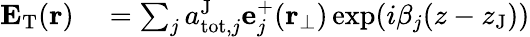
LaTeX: \begin{array}{rl}{\mathbf{E}_{\mathrm{T}}(\mathbf{r})}&{{}=\sum_{j}a_{\mathrm{tot},j}^{\mathrm{J}}\mathbf{e}_{j}^{+}(\mathbf{r}_{\perp})\exp(i\beta_{j}(z-z_{\mathrm{J}}))}\end{array}